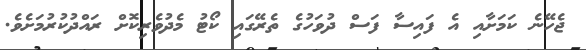
ޖެހޭނެ ކަމަށާއި އެ ފައިސާ ފަސް ދުވަހުގެ ތެރޭގައި ކޯޓު މެދުވެރިކޮށް ރައްދުކުރުމަށެވެ.